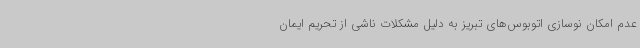
عدم امکان نوسازی اتوبوس‌های تبریز به دلیل مشکلات ناشی از تحریم ایمان